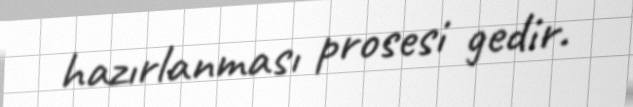
hazırlanması prosesi gedir.